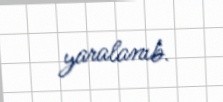
yaralanıb.